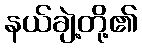
နယ်ချဲ့တို့၏